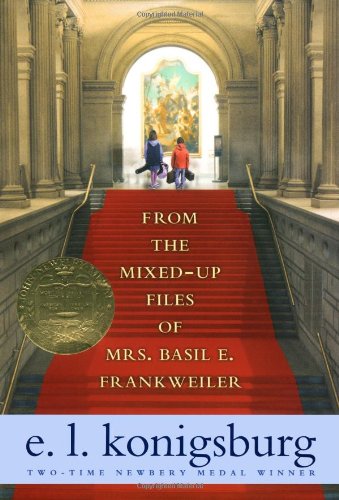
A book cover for From the Mixed-up Files of Mrs. Basil E. Frankweiler; E.L. Konigsburg; Children's Books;